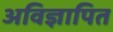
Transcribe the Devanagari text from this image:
अविज्ञापित